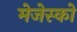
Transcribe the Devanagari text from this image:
मेजेस्‍को